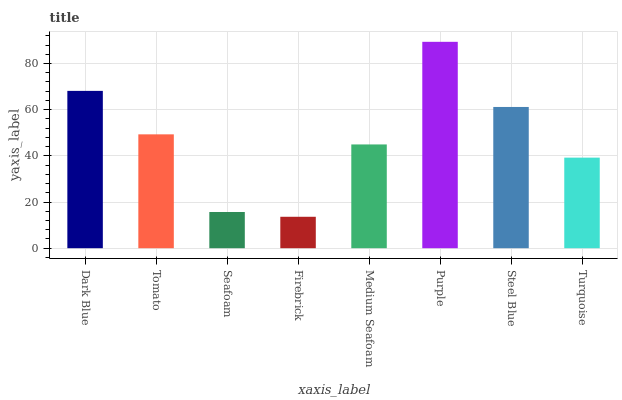
| xaxis_label | bars |
 | --- | --- |
 | Dark Blue | 68.1 |
 | Tomato | 49.3 |
 | Seafoam | 15.7 |
 | Firebrick | 13.6 |
 | Medium Seafoam | 44.9 |
 | Purple | 89.4 |
 | Steel Blue | 61.2 |
 | Turquoise | 39.2 |